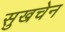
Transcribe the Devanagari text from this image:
सुखचेन